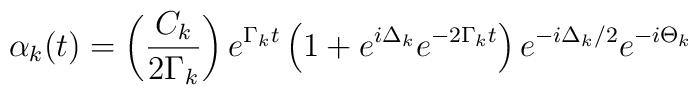
\alpha _k(t)=\left( \frac{C _k}{2\Gamma _k}\right) e^{\Gamma _kt}\left(1+e^{i\Delta _k}e^{-2\Gamma _kt}\right) e^{-i\Delta _k/2}e^{-i\Theta _k}